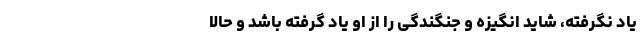
یاد نگرفته، شاید انگیزه و جنگندگی را از او یاد گرفته باشد و حالا